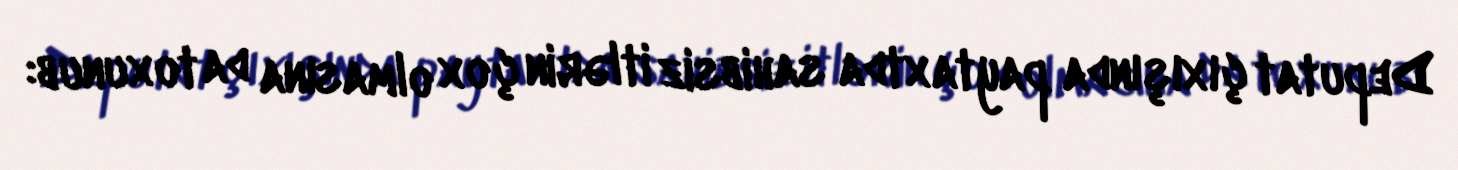
Deputat çıxışında paytaxtda sahibsiz itlərin çox olmasına da toxunub: